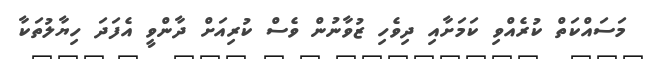
މަސައްކަތް ކުރެއްވި ކަމަށާއި ދިވެހި ޒުވާނުން ވެސް ކުރިއަށް ދާންވީ އެފަދަ ހިޔާލުތަކާ